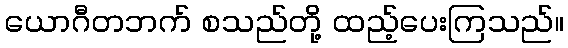
ယောဂီတဘက် စသည်တို့ ထည့်ပေးကြသည်။